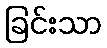
ခြင်းသာ